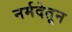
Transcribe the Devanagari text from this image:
नर्मदेतून